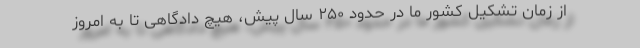
از زمان تشکیل کشور ما در حدود ۲۵۰ سال پیش، هیچ دادگاهی تا به امروز